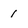
Character: 1